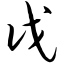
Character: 戊